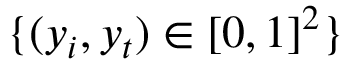
\{ ( y _ { i } , y _ { t } ) \in [ 0 , 1 ] ^ { 2 } \}